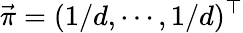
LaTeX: \vec{\pi}=(1/d,\cdots,1/d)^{\top}